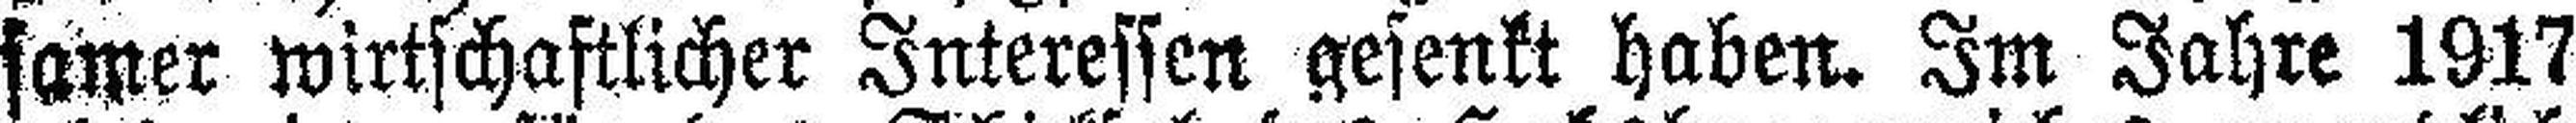
samer wirtschaftlicher Interessen gesenkt haben. Im Jahre 1917